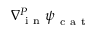
\nabla { } _ { \mathrm { ~ i ~ n ~ } } ^ { P } \boldsymbol \psi _ { \mathrm { ~ c ~ a ~ t ~ } }